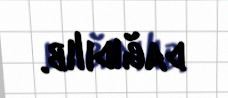
dağıdılıb.